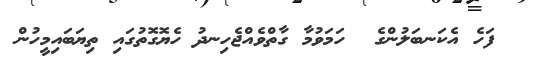
ފަހެ އެކަނބަލުންގެ  ހަމަވުމާ ގާތްވެއްޖެހިނދު ހެޔޮގޮތުގައި ތިޔަބައިމީހުން